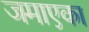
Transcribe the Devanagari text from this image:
जमाएका